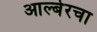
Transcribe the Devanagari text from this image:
आल्बेरचा